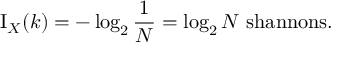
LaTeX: \operatorname { I } _ { X } ( k ) = - \log _ { 2 } { \frac { 1 } { N } } = \log _ { 2 } { N } { \mathrm { ~ s h a n n o n s } } .